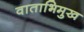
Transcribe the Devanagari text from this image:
वाताभिमुख